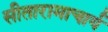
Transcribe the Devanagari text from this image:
सीतारामाचार्य